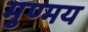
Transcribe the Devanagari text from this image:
मुण्मय